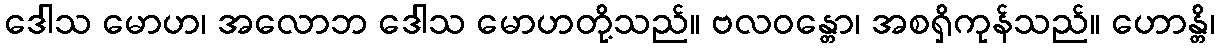
ဒေါသ မောဟ၊ အလောဘ ဒေါသ မောဟတို့သည်။ ဗလဝန္တော၊ အစရှိကုန်သည်။ ဟောန္တိ၊